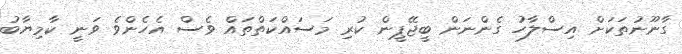
ގާނޫނުތަކަށް އިސްލާހު ގެންނަން ބީޖޭޕީން ކުރި މަސައްކަތްތައް ވެސް އެހެންވެ ވަނީ ކާމިޔާބު